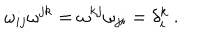
\omega _ { i j } \omega ^ { j k } = \omega ^ { k j } \omega _ { j i } = \delta _ { i } ^ { k } \ .